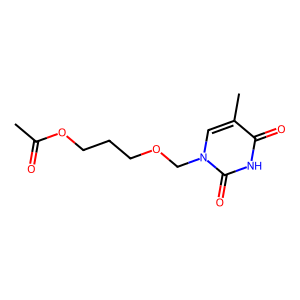
SMILES: CC(=O)OCCCOCn1cc(C)c(=O)[nH]c1=O
Inhibits HIV replication: No